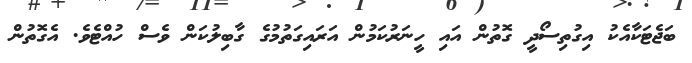
ބަޖެޓަކާއެކު އިގުތިސޯދީ ގޮތުން އައި ހީނަރުކަމުން އަރައިގަތުމުގެ ގާބިލުކަން ވެސް ހުއްޓެވެ. އެގޮތުން